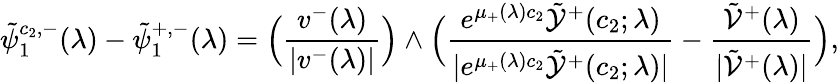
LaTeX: \tilde{\psi}_{1}^{c_{2},-}(\lambda)-\tilde{\psi}_{1}^{+,-}(\lambda)=\Big(\frac{v^{-}(\lambda)}{|v^{-}(\lambda)|}\Big)\wedge\Big(\frac{e^{\mu_{+}(\lambda)c_{2}}\tilde{\mathcal{Y}}^{+}(c_{2};\lambda)}{|e^{\mu_{+}(\lambda)c_{2}}\tilde{\mathcal{Y}}^{+}(c_{2};\lambda)|}-\frac{\tilde{\mathcal{V}}^{+}(\lambda)}{|\tilde{\mathcal{V}}^{+}(\lambda)|}\Big),